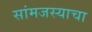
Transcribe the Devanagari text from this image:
सांमजस्याचा